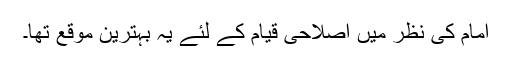
امام کی نظر میں اصلاحی قیام کے لئے یہ بہترین موقع تها۔